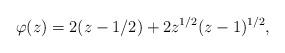
LaTeX: \begin{align*}\varphi(z) = 2(z-1/2)+2z^{1/2}(z-1)^{1/2},\end{align*}